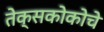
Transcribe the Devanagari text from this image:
तेक्सकोकोचे